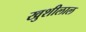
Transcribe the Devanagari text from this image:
खुशीलाल